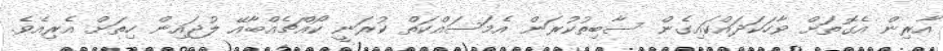
އާރިން އެގޮތަށް ވާހަކަދައްކައިގެން ސާބިތުކުރަން އެމަސައްކަތް ކުރަނީ ކޯއްޗެއްބާއޭ ލުޖައިން ހިތަށް އެރިއެވެ.